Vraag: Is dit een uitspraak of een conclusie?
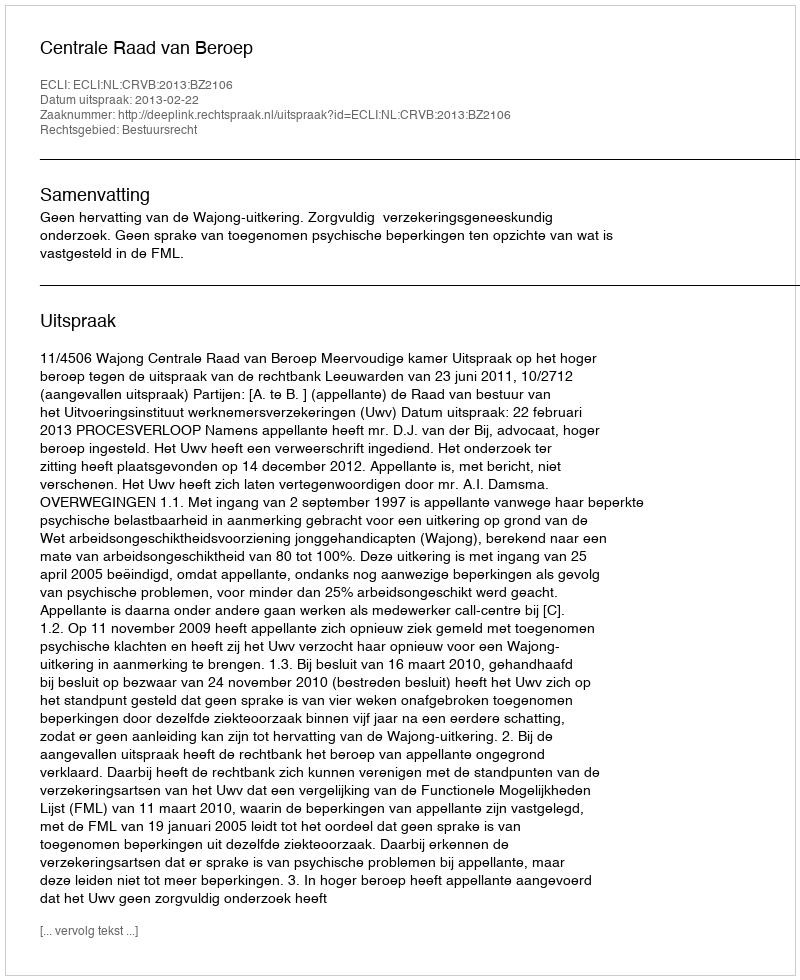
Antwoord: Uitspraak